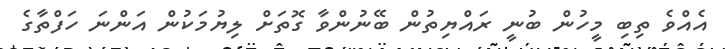
އެއްވެ ތިބި މީހުން ބުނީ ރައްޔިތުން ބޭނުންވާ ގޮތަށް ލިޔުމަކުން އަންނަ ހަފްތާގެ